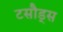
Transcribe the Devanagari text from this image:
टसौड्स